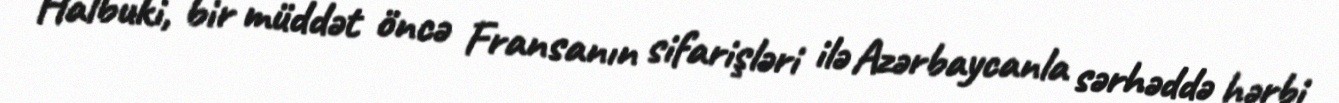
Halbuki, bir müddət öncə Fransanın sifarişləri ilə Azərbaycanla sərhəddə hərbi